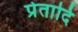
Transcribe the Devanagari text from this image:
प्रेतादि